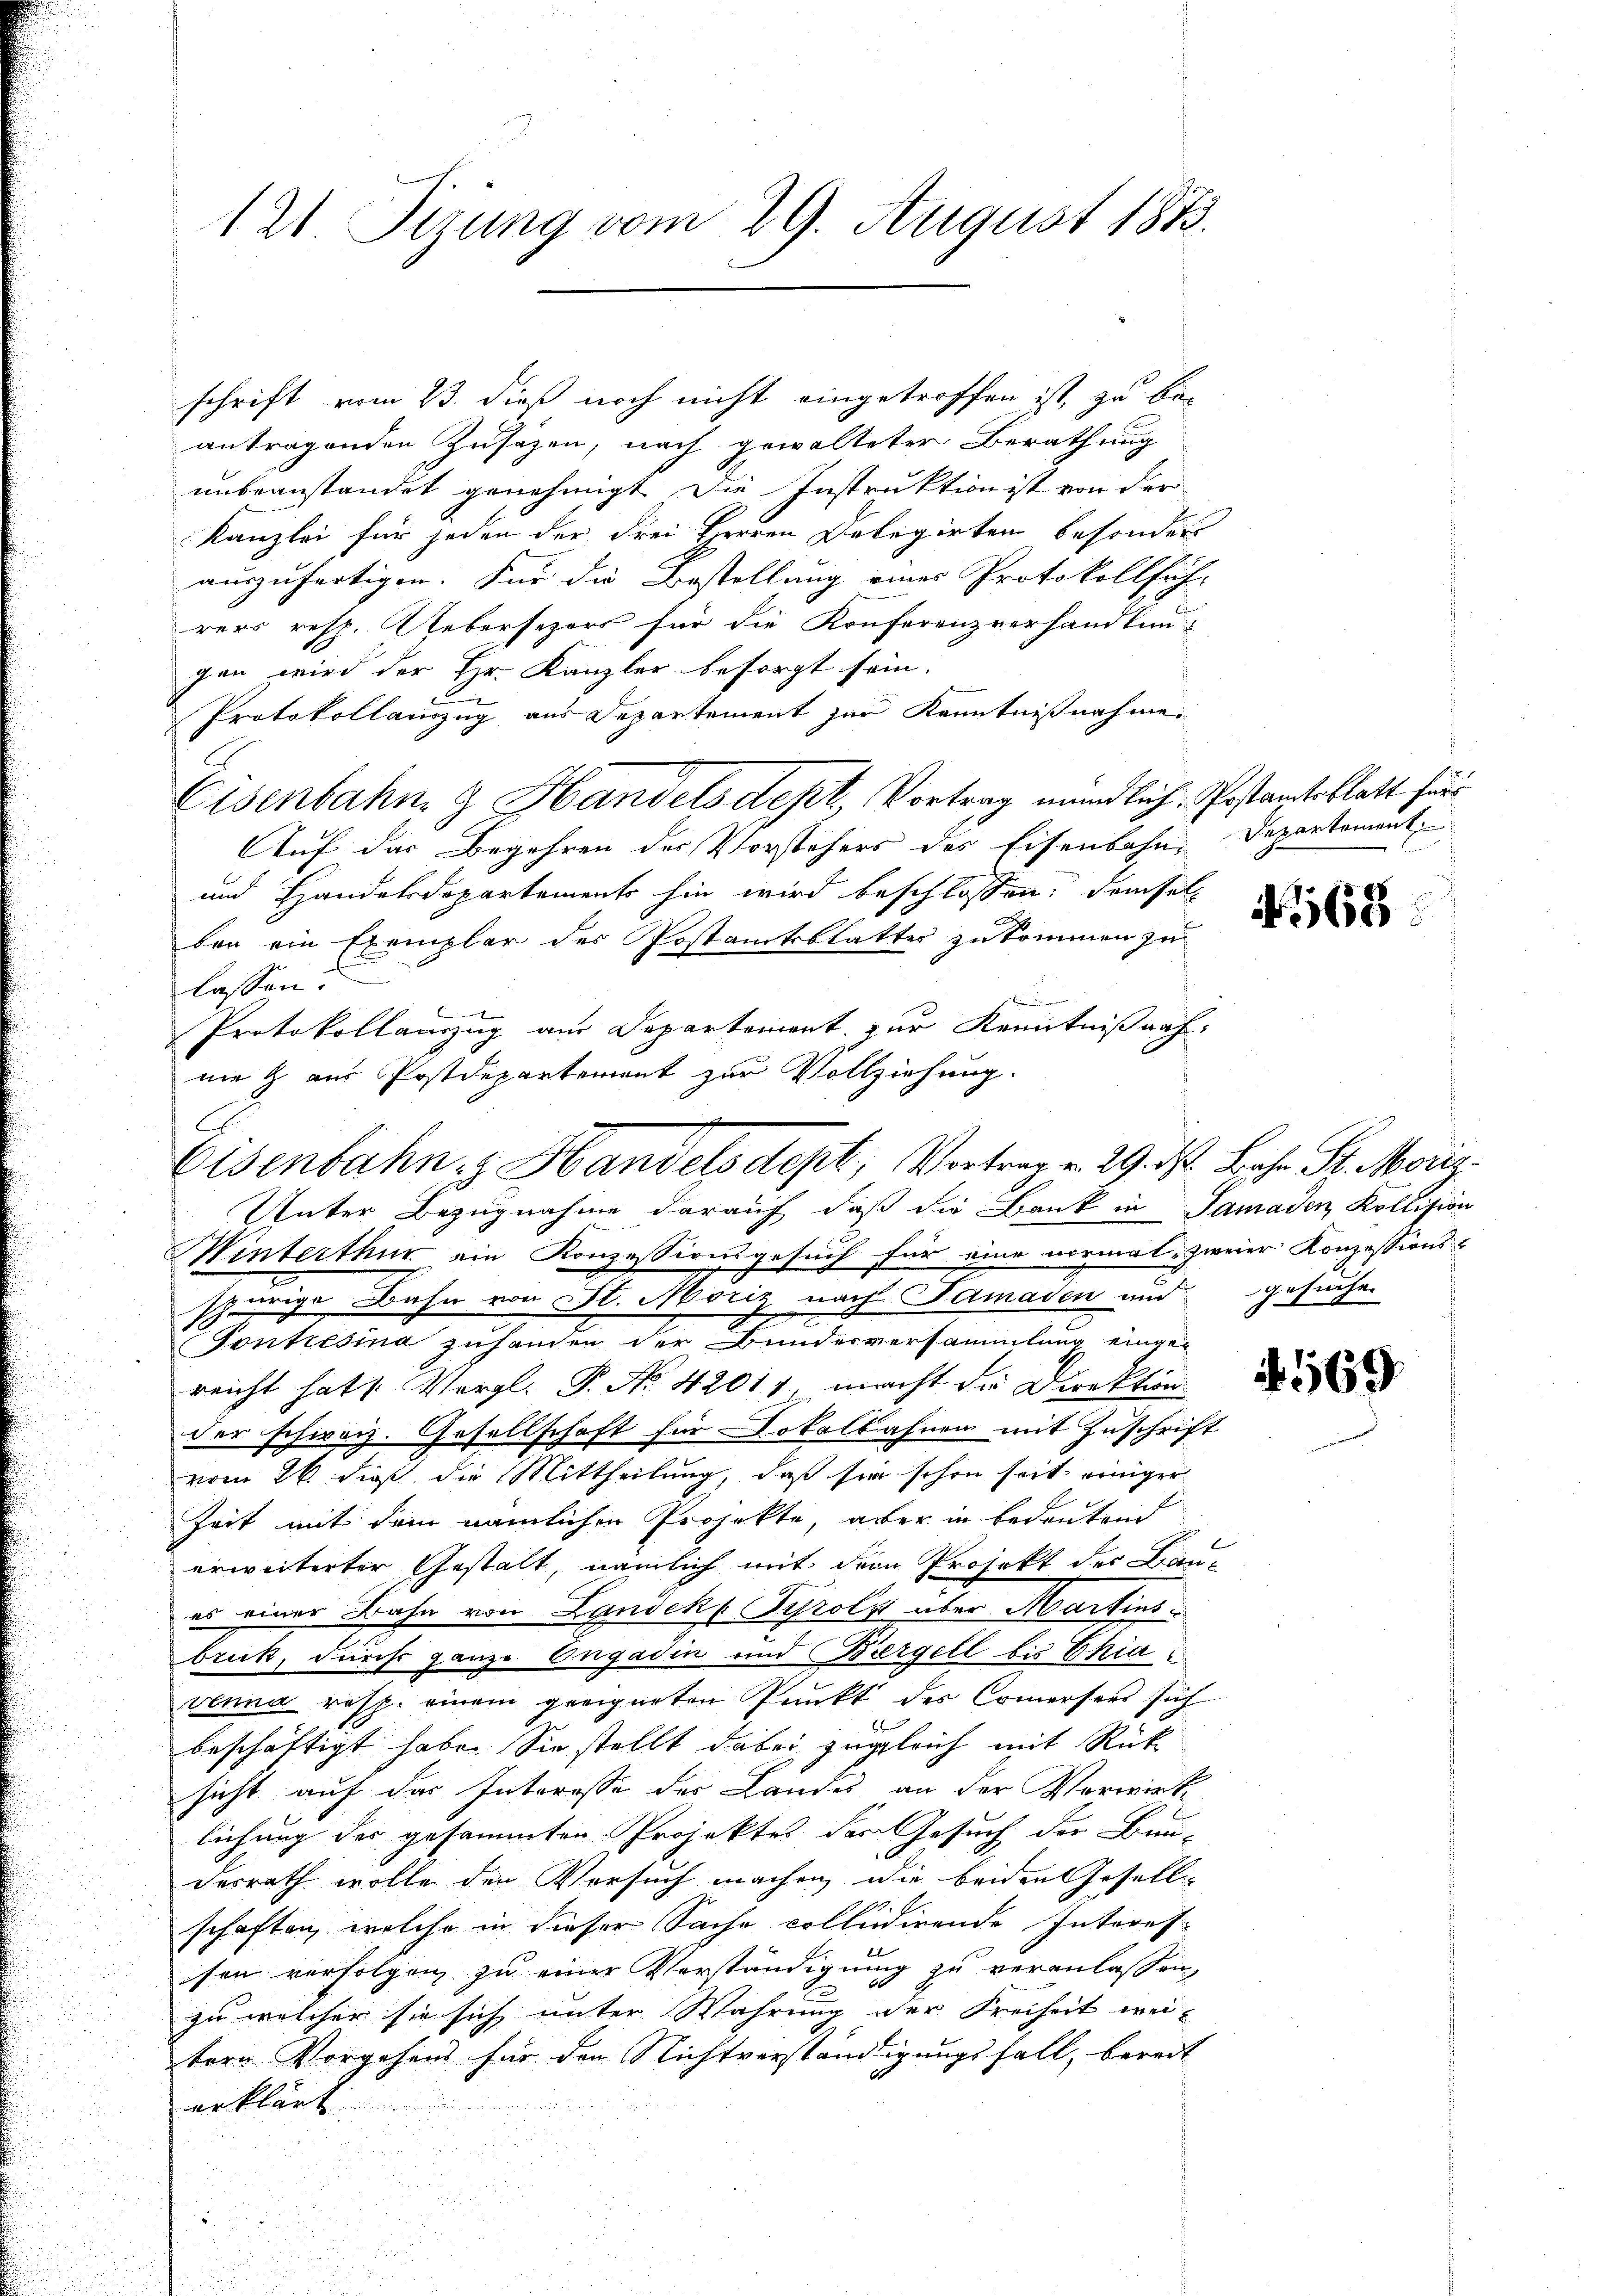
schrift vom 23. dieß noch nicht eingetroffen ist, zu be-
antragenden Zusazen, nach gewalteter Berathung
unbeanstandet genehmigt. Die Instruktion ist von der
Kanzlei für jeden der drei Herren Delegirten besonder
auszufertigen. Für die Bestellung eines Protokollfüh-
rers resp. Uebersezers für die Konferenzverhandlungen wird der Hr. Kanzler besorgt sein.
Protokollanzug aus Departement zur Kenntnißnahme.
Eisenbahn & Handelsdept, Vortrag mündlich, Postamtsblatt für
Auf das Begehren der Vorstehers des Eisenbahn-
und Handelsdepartements hin wird beschlossen, demsel
ben ein Exemplar der Postamtsblatter zukommen zu
lassen.
Protokollauszug aus Departement zur Kenntnißnah
nie & aus Postdepartement zur Vollziehung.
C

12. Jerung vom 29. August 1873.

Eisenbahn z. Handelsdept, Vortrag v. 29. d. Bahn St. Moriz
Unter Bezugnahme darauf, daß die Bank in Samaden, Kollision

Winterthur ein Konzessionsgesuch für eine vormal zweier Konzessionsspurige Bahn von St. Moriz nach Samaden und gesuche
Tonkesina zusenden der Bunderversammlung eingereicht hat s. Vergl. P. No 42011 macht die Direktion
der schweiz. Gesellschaft für Dokalbahnen mit Zuschrift
vom 26 dieß die Mittheilung, daß sie schon seit einiger
Zeit mit dem nämlichen Projekte, aber in bedeutend
erweiterter Gestalt, nämlich mit dem Projekt der Bau-
es einer Bahn von Landek ( Tyrolz über Martins
bruck, durch ganze Engadin und Biergell bis Chia
venna resp. einem geeigneten Punkt des Commersees sich
beschäftigt habe. Sie stellt dabei zugleich mit Rück
sicht auf das Interesse des Landes an der Verwirklichung des gesammten Projektes des Gesuch der Bun-
derrath wolle den Versuch machen die beidentesell-
.
schaften, welche in dieser Sache collidirende Interes-
sen verfolgen zu einer Verständigung zu veranlassen,
zu welcher sie sich unter Wahrung der Freiheit weitern Vorgehens für den Nichtverständigungsfall, bereit
erklärt.

Departement

168

569